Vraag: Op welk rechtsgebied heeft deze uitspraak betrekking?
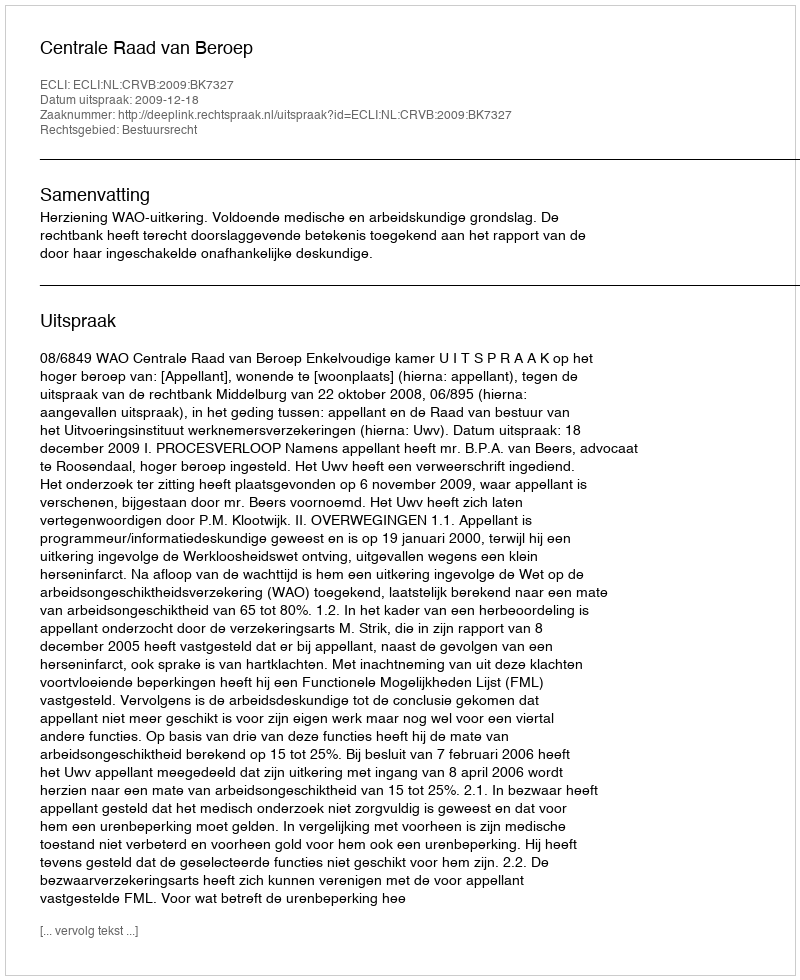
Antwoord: Bestuursrecht